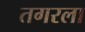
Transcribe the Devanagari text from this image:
तगरला